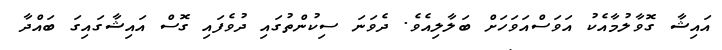
އައިޝާ ގޮވާލުމާއެކު އަވަސްއަވަހަށް ބަލާލިއެވެ. ދެވަނަ ސިކުންތުގައި ދުވެފައި ގޮސް އައިޝާގައިގަ ބައްދާ